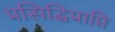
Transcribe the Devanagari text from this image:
प्रसिद्धिप्राप्ति